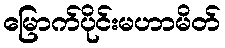
မြောက်ပိုင်းမဟာမိတ်